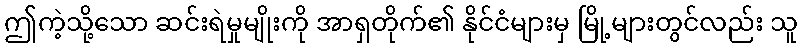
ဤကဲ့သို့သော ဆင်းရဲမှုမျိုးကို အာရှတိုက်၏ နိုင်ငံများမှ မြို့များတွင်လည်း သူ